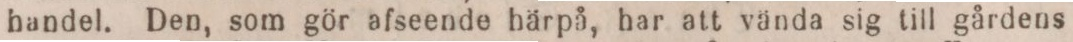
handel. Den, som gör afseende härpå, har att vända sig till gårdens